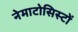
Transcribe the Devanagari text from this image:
नेमाटोसिस्टों